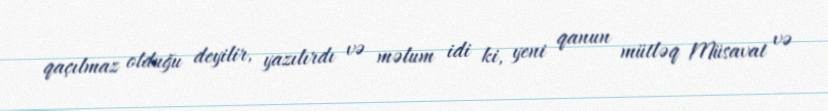
qaçılmaz olduğu deyilir, yazılırdı və məlum idi ki, yeni qanun mütləq Müsavat və